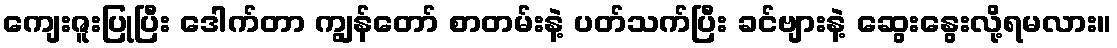
ကျေးဇူးပြုပြီး ဒေါက်တာ ကျွန်တော် စာတမ်းနဲ့ ပတ်သက်ပြီး ခင်ဗျားနဲ့ ဆွေးနွေးလို့ရမလား။